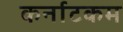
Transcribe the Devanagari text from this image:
कर्नाटकम